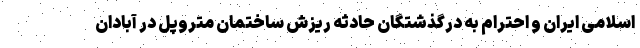
اسلامی ایران و احترام به درگذشتگان حادثه ریزش ساختمان متروپل در آبادان